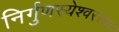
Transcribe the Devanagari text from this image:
निर्गुणस्येश्वरस्य।।